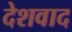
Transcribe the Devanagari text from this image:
देशवाद